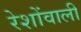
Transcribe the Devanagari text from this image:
रेशोंवाली